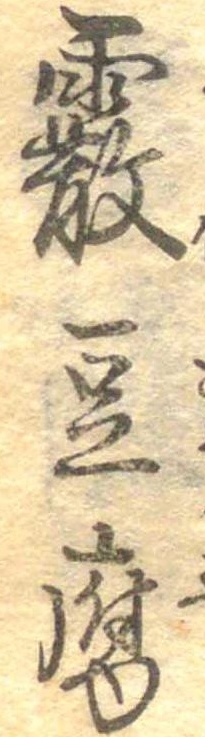
霰豆腐